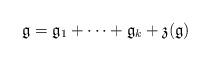
LaTeX: \begin{align*}\mathfrak{g} = \mathfrak{g}_1 + \cdots + \mathfrak{g}_k + \mathfrak{z}(\mathfrak{g}) \end{align*}